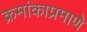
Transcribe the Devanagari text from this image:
क्रमांकाप्रमाणे